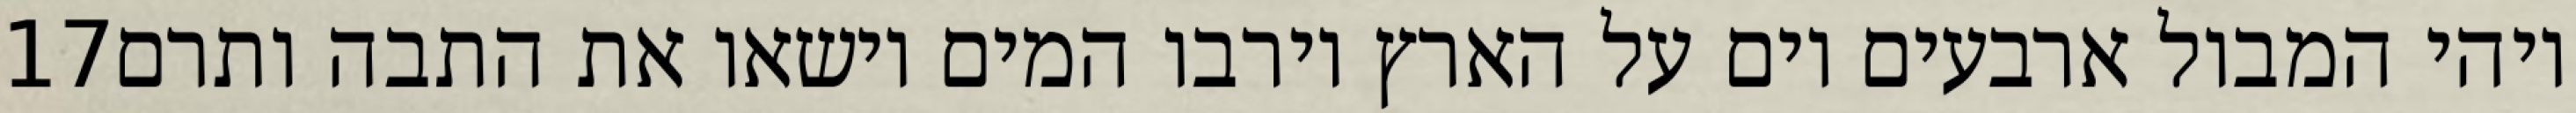
‎17‏ ויהי המבול ארבעים יום על הארץ וירבו המים וישאו את התבה ותרם